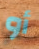
أو